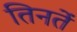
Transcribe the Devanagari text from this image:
तिनतें